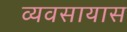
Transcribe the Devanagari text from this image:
व्‍यवसायास